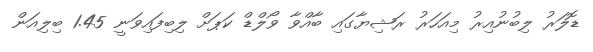
ޑޮލަރު ލިބުނުއިރު މިއަހަރު ރަޝިޔާގައި ބާއްވާ ވޯލްޑް ކަޕަށް ލިބިފައިވަނީ 1.45 ބިލިއަން